Vaccination report Assam 1896-1927 - 1896-1927
Year: 1896
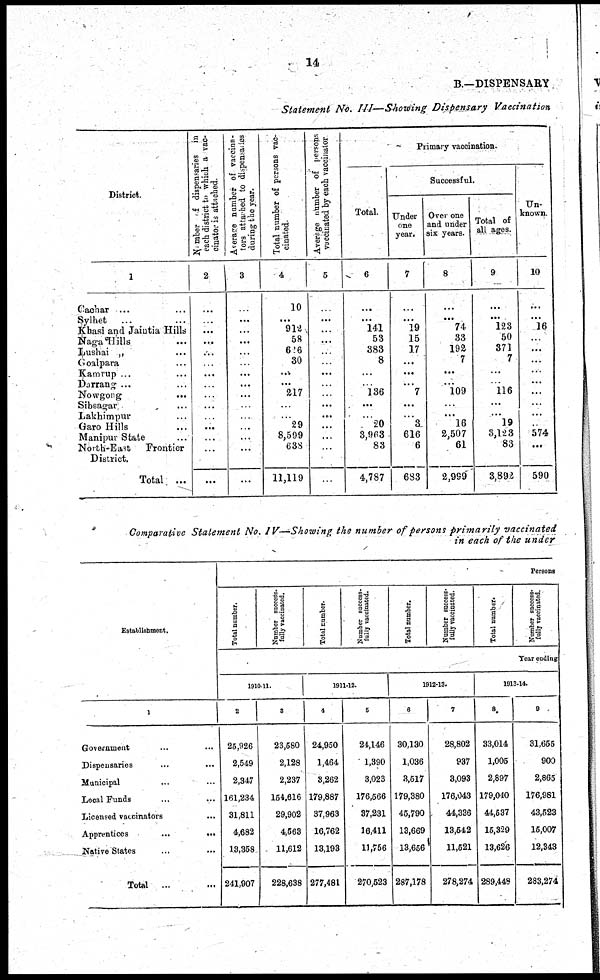
14
B.—DISPENSARY
Statement No. III—Showing Dispensary Vaccination
District.
1
Cachar ... ...
Sylhet
... ...
Khasi and Jaintia Hills
Naga Hills ...
Lushai „ ...
Goalpara ... ...
Kamrup ... ...
Darrang ... ...
Nowgong
... ...
Sibsagar ... ...
Lakhimpur ... ...
Garo Hills ... ...
Manipur State ...
North-East
Frontier
District.
Total
...
Number of dispensaries in
each district to which a vac-
cinator is attached.
2
...
...
...
...
...
...
...
...
...
...
...
...
...
...
...
Average number of vaccina-
tors attached to dispensaries
during the year.
3
...
...
...
...
...
...
...
...
...
...
...
...
...
...
...
Total number of persons vac-
cinated.
4
10
...
912
58
626
30
...
...
217
...
...
29
8,599
638
11,119
Average number of persons
vaccinated by each vaccinator
5
...
...
...
...
...
...
...
...
...
...
...
...
...
...
...
Primary vaccination.
Total.
6
...
...
141
53
383
8
...
...
136
...
...
20
3,963
83
4,787
Successful.
Under
one
year.
7
...
...
19
15
17
...
...
...
7
...
...
3
616
6
683
Over one
and under
six years.
8
...
...
74
33
192
7
...
...
109
...
...
16
2,507
61
2,999
Total of
all ages.
9
...
...
123
50
371
7
...
...
116
...
...
19
3,123
83
3,892
Un-
known.
10
...
...
16
...
...
...
...
...
...
...
...
...
574
...
590
Comparative Statement No. IV— Showing the number of persons primarily vaccinated
in each of the under
Establishment.
1
Government ... ...
Dispensaries ... ...
Municipal ... ...
Local Funds
...
...
Licensed vaccinators
Apprentices
...
...
Native States ... ...
Total
...
Persons
Total number.
Number success¬
fully vaccinated.
Total number.
Number success¬
fully vaccinated.
Total number.
Number success-
fully vaccinated.
Total number.
Number success¬
fully vaccinated.
Year ending
1910-11.
2
25,926
2,549
2,347
161,234
31,811
4,682
13,358
241,907
3
23,580
2,128
2,237
154,616
29,902
4,563
11,612
228,638
1911-12.
4
24,950
1,464
3,262
179,887
37,963
16,762
13,193
277,481
5
24,146
1,390
3,023
176,566
37,231
16,411
11,756
270,523
1912-13.
6
30,130
1,036
3,517
179,380
45,790
13,669
13,656
287,178
7
28,802
937
3,093
176,043
44,336
13,542
11,521
278,274
1913-14.
8
33,014
1,005
2,897
179,040
44,537
15,329
13,626
289,448
9
31,655
900
2,865
176,981
43,523
15,007
12,343
283,274